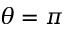
\theta = \pi